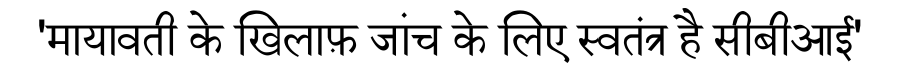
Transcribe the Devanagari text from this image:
'मायावती के खिलाफ़ जांच के लिए स्वतंत्र है सीबीआई'